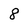
Character: 8